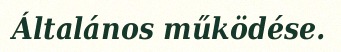
Általános működése.